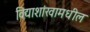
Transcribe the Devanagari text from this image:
विद्याशांखामधील